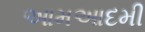
આમઆદમી